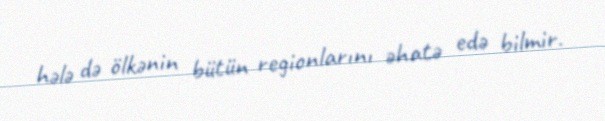
hələ də ölkənin bütün regionlarını əhatə edə bilmir.